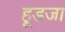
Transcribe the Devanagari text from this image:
हूडजा